Report of the Imperial Institute of Veterinary Research, Muktesar
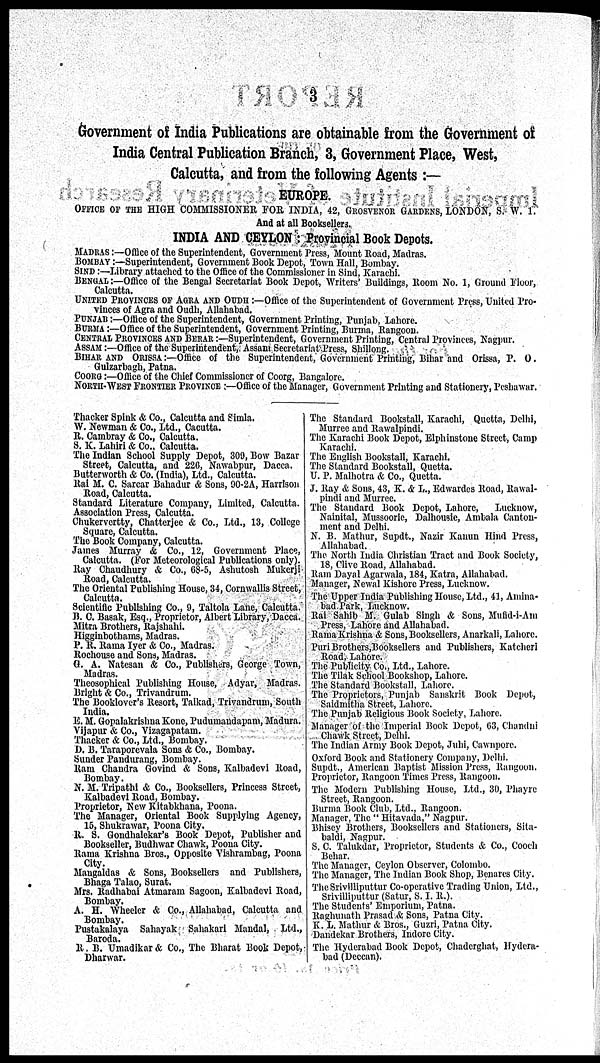
Government of India Publications are obtainable from the Government of
India Central Publication Branch, 3, Government Place, West,
Calcutta, and from the following Agents :—
EUROPE.
OFFICE OF THE HIGH COMMISSIONER FOR INDIA, 42, GROSVENOR GARDENS, LONDON, S. W. 1.
And at all Booksellers.
INDIA AND CEYLON : Provincial Book Depots.
MADRAS :—Office of the Superintendent, Government Press, Mount Road, Madras.
BOMBAY :—Superintendent, Government Book Depot, Town Hall, Bombay.
SIND:—Library attached to the Office of the Commissioner in Sind, Karachi.
BENGAL :—Office of the Bengal Secretariat Book Depot, Writers' Buildings, Room No. 1, Ground Floor,
Calcutta.
UNITED PROVINCES OF AGRA AND OUDH :—Office of the Superintendent of Government Press, United Pro-
vinces of Agra and Oudh, Allahabad.
PUNJAB :—Office of the Superintendent, Government Printing, Punjab, Lahore.
BURMA :—Office of the Superintendent, Government Printing, Burma, Rangoon.
CENTRAL PROVINCES AND BERAR :—Superintendent, Government Printing, Central Provinces, Nagpur.
ASSAM :—Office of the Superintendent, Assam Secretariat Press, Shillong.
BIHAR AND ORISSA :—Office of the Superintendent, Government Printing, Bihar and Orissa, P. O.
Gulzarbagh, Patna.
COORG:—Office of the Chief Commissioner of Coorg, Bangalore.
NORTH-WEST FRONTIER PROVINCE :—Office of the Manager, Government Printing and Stationery, Peshawar.
Thacker Spink & Co., Calcutta and Simla.
W. Newman & Co., Ltd., Cacutta.
R. Cambray & Co., Calcutta.
S. K. Lahiri & Co., Calcutta.
The Indian School Supply Depot, 309, Bow Bazar
Street, Calcutta, and 226, Nawabpur, Dacca.
Butterworth & Co. (India), Ltd., Calcutta.
Rai M. C. Sarcar Bahadur & Sons, 90-2A, Harrison
Road, Calcutta.
Standard Literature Company, Limited, Calcutta.
Association Press, Calcutta.
Chukervertty, Chatterjee & Co., Ltd., 13, College
Square, Calcutta.
The Book Company, Calcutta.
James Murray & Co., 12, Government Place,
Calcutta. (For Meteorological Publications only).
Ray Chaudhury & Co., 68-5, Ashutosh Mukerji
Road, Calcutta.
The Oriental Publishing House, 34, Cornwallis Street,
Calcutta.
Scientific Publishing Co., 9, Taltola Lane, Calcutta.
B. C. Basak, Esq., Proprietor, Albert Library, Dacca.
Mitra Brothers, Rajshahi.
Higginbothams, Madras.
P. R. Rama Iyer & Co., Madras.
Rochouse and Sons, Madras.
G. A. Natesan & Co., Publishers, George Town,
Madras.
Theosophical Publishing House, Adyar, Madras.
Bright & Co., Trivandrum.
The Booklover's Resort, Taikad, Trivandrum, South
India.
E. M. Gopalakrishna Kone, Pudumandapam, Madura.
Vijapur & Co., Vizagapatam.
Thacker & Co., Ltd., Bombay.
D. B. Taraporevala Sons & Co., Bombay.
Sunder Pandurang, Bombay.
Ram Chandra Govind & Sons, Kalbadevi Road,
Bombay.
N. M. Tripathi & Co., Booksellers, Princess Street,
Kalbadevi Road, Bombay.
Proprietor, New Kitabkhana, Poona.
The Manager, Oriental Book Supplying Agency,
15, Shukrawar, Poona City.
R. S. Gondhalekar's Book Depot, Publisher and
Bookseller, Budhwar Chawk, Poona City.
Rama Krishna Bros., Opposite Vishrambag, Poona
City.
Mangaldas & Sons, Booksellers and Publishers,
Bhaga Talao, Surat.
Mrs. Radhabai Atmaram Sagoon, Kalbadevi Road,
Bombay.
A. H. Wheeler & Co., Allahabad, Calcutta and
Bombay.
Pustakalaya Sahayak Sahakari Mandal, Ltd.,
Baroda.
R. B. Umadikar & Co., The Bharat Book Depot,-
Dharwar.
The Standard Bookstall, Karachi, Quetta, Delhi,
Murree and Rawalpindi.
The Karachi Book Depot, Elphinstone Street, Camp
Karachi.
The English Bookstall, Karachi.
The Standard Bookstall, Quetta.
U. P. Malhotra & Co., Quetta.
J. Ray & Sons, 43, K. & L., Edwardes Road, Rawal-
pindi and Murree.
The Standard Book Depot, Lahore, Lucknow,
Nainital, Mussoorie, Dalhousie, Ambala Canton-
ment and Delhi.
N. B. Mathur, Supdt., Nazir Kanun Hind Press,
Allahabad.
The North India Christian Tract and Book Society,
18, Clive Road, Allahabad.
Ram Dayal Agarwala, 184, Katra, Allahabad.
Manager, Newal Kishore Press, Lucknow.
The Upper India Publishing House, Ltd., 41, Amina¬
bad Park, Lucknow.
Rai Sahib M. Gulab Singh & Sons, Mufid-i-Am
Press, Lahore and Allahabad.
Rama Krishna & Sons, Booksellers, Anarkali, Lahore.
Puri Brothers,Booksellers and Publishers, Katcheri
Road, Lahore.
The Publicity Co., Ltd., Lahore.
The Tilak School Bookshop, Lahore.
The Standard Bookstall, Lahore.
The Proprietors, Punjab Sanskrit Book Depot,
Saidmitha Street, Lahore.
The Punjab Religious Book Society, Lahore.
Manager of the Imperial Book Depot, 63, Chandni
Chawk Street, Delhi.
The Indian Army Book Depot, Juhi, Cawnpore.
Oxford Book and Stationery Company, Delhi.
Supdt., American Baptist Mission Press, Rangoon.
Proprietor, Rangoon Times Press, Rangoon.
The Modern Publishing House, Ltd., 30, Phayre
Street, Rangoon.
Burma Book Club, Ltd., Rangoon.
Manager, The " Hitavada," Nagpur.
Bhisey Brothers, Booksellers and Stationers, Sita-
baldi, Nagpur.
S. C. Talukdar, Proprietor, Students & Co., Cooch
Behar.
The Manager, Ceylon Observer, Colombo.
The Manager, The Indian Book Shop, Benares City.
The Srivilliputtur Co-operative Trading Union, Ltd.,
Srivilliputtur (Satur, S. I. R.).
The Students' Emporium, Patna.
Raghunath Prasad & Sons, Patna City.
K. L. Mathur & Bros., Guzri, Patna City.
Dandekar Brothers, Indore City.
The Hyderabad Book Depot, Chaderghat, Hydera-
bad (Deccan).